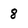
Character: 8